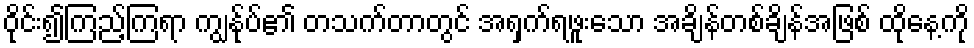
ဝိုင်း၍ကြည့်ကြရာ ကျွန်ုပ်၏ တသက်တာတွင် အရှက်ရဖူးသော အချိန်တစ်ချိန်အဖြစ် ထိုနေ့ကို